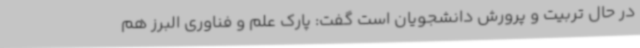
در حال تربیت و پرورش دانشجویان است گفت: پارک علم و فناوری البرز هم